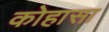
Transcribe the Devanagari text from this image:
कोहासा